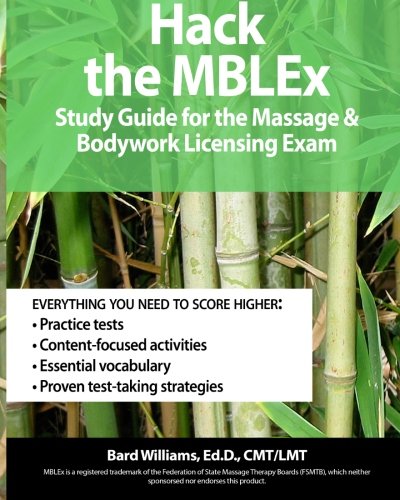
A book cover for Hack the MBLEx: Study Guide for the Massage and Bodywork Licensing Exam; Bard Williams Ed.D.; Education & Teaching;